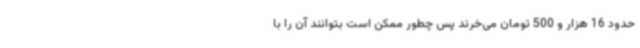
حدود 16 هزار و 500 تومان می‌خرند پس چطور ممکن است بتوانند آن را با